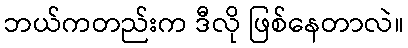
ဘယ်ကတည်းက ဒီလို ဖြစ်နေတာလဲ။